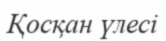
Қосқан үлесі